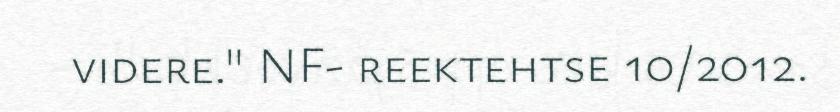
videre." NF- reektehtse 10/2012.